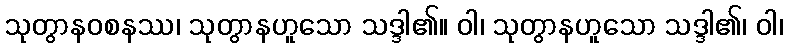
သုတွာနဝစနဿ၊ သုတွာနဟူသော သဒ္ဒါ၏။ ဝါ၊ သုတွာနဟူသော သဒ္ဒါ၏၊ ဝါ၊